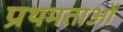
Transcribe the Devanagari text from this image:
प्रथमताओं